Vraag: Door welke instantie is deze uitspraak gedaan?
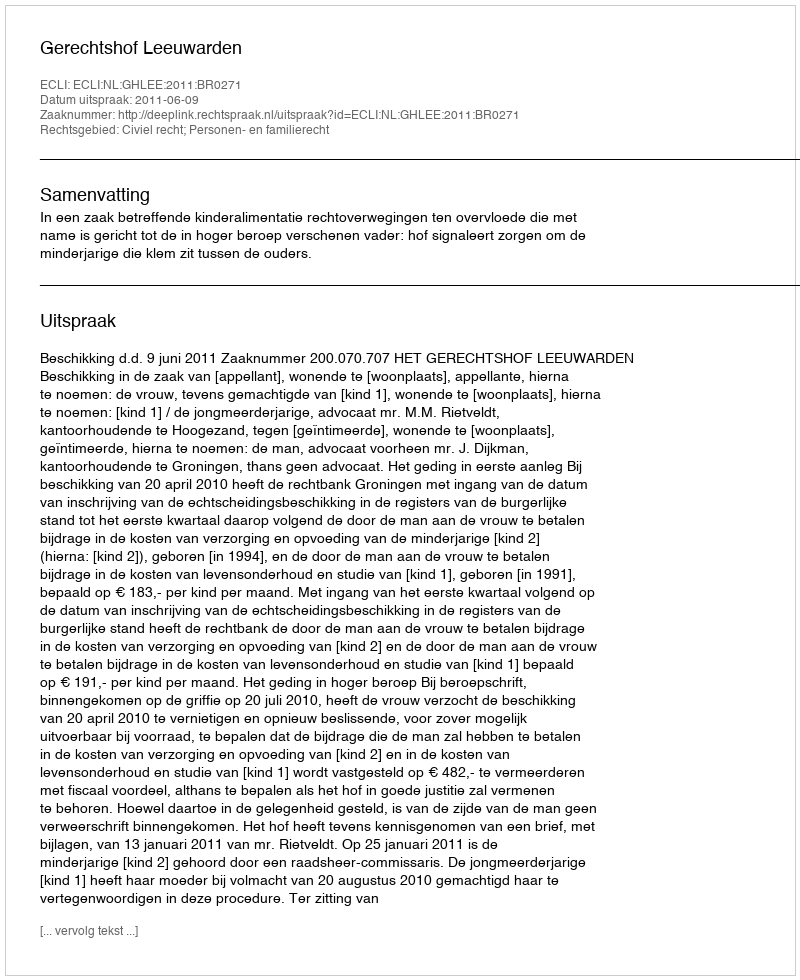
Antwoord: Gerechtshof Leeuwarden